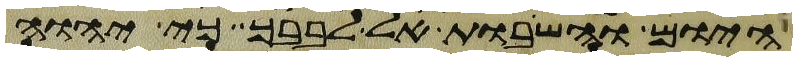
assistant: היום והשבות אל לבבך כי יהוה